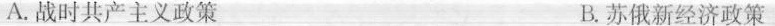
A.战时共产主义政策 B.苏俄新经济政策